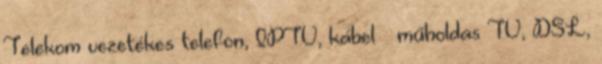
Telekom vezetékes telefon, IPTV, kábel műholdas TV, DSL,